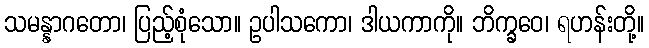
သမန္နာဂတော၊ ပြည့်စုံသော။ ဥပါသကော၊ ဒါယကာကို။ ဘိက္ခဝေ၊ ရဟန်းတို့။